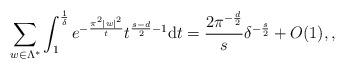
LaTeX: \begin{align*} \sum_{w\in\Lambda^*}\int_1^{\frac{1}{\delta}}e^{-\frac{\pi^2|w|^2}{t}}t^{\frac{s-d}{2}-1}\mathrm{d}t=\frac{2\pi^{-\frac{d}{2}}}{s}\delta^{-\frac{s}{2}}+O(1), , \end{align*}